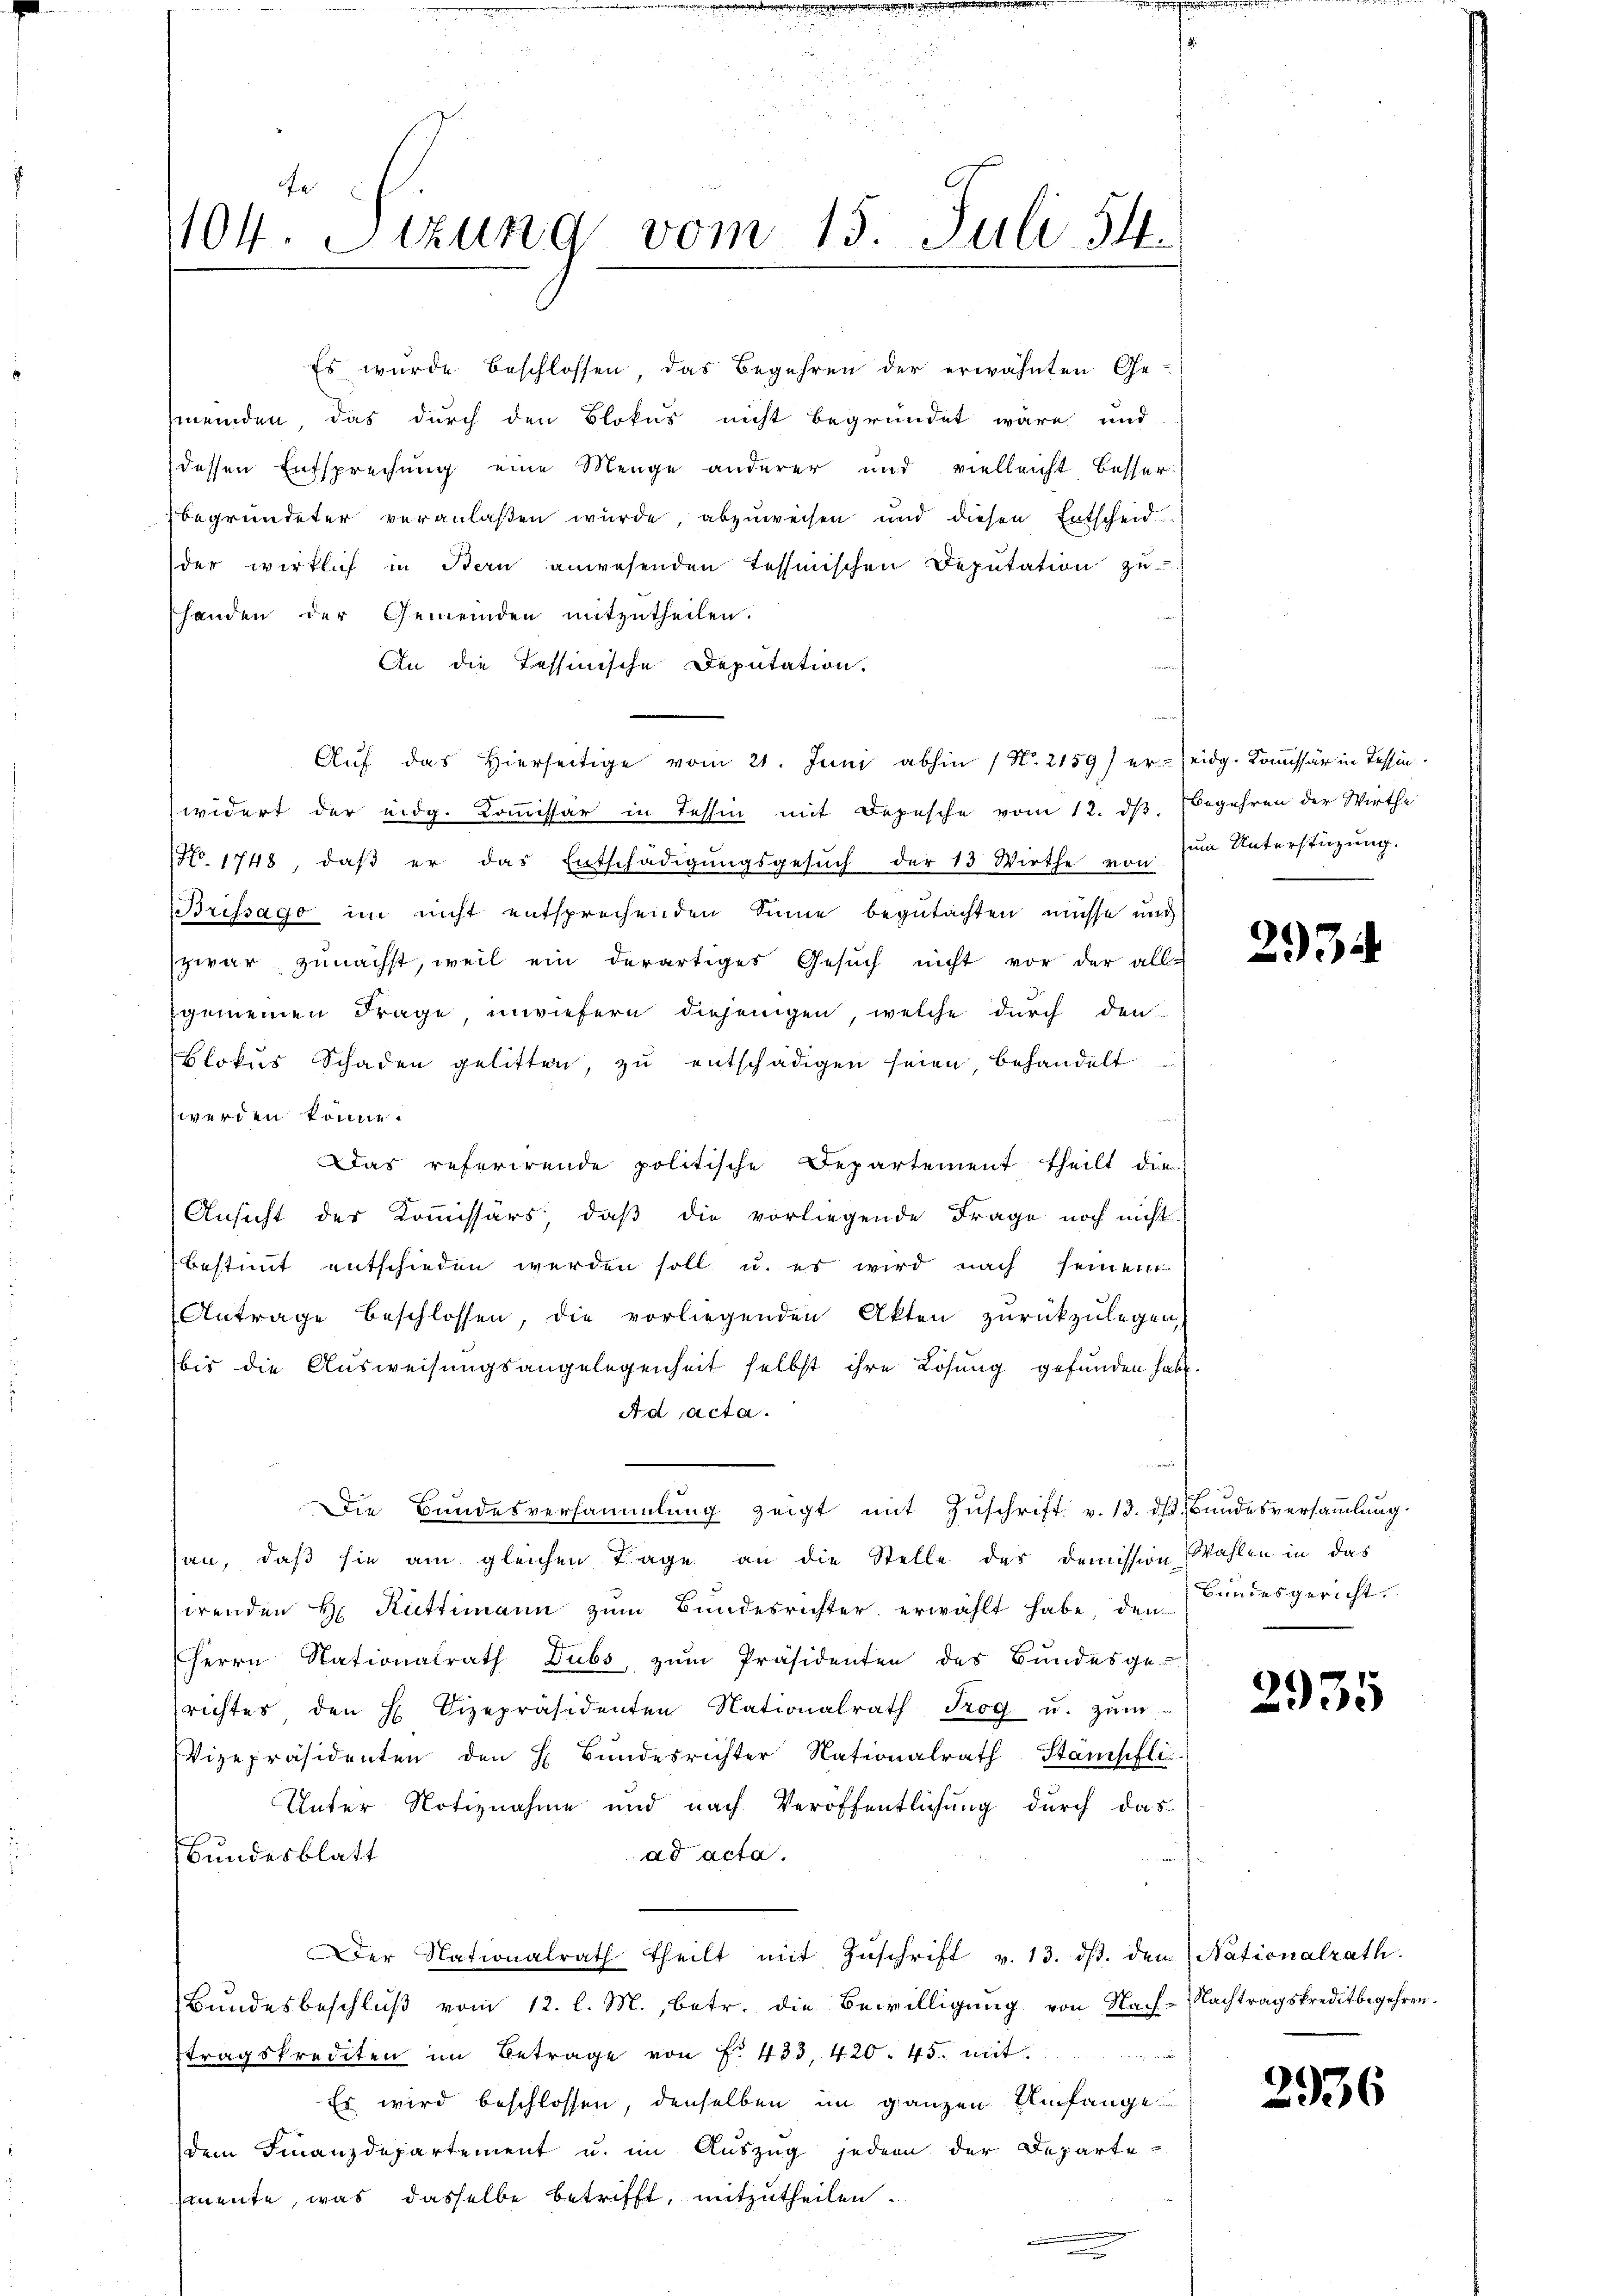
104. Sitzung vom 15. Juli 54.

Es wurde beschlossen, das Begehren der erwähnten Ge-
meinden, das durch den Blokus nicht begründet wäre und
dessen Entsprechung eine Menge anderer und vielleicht besser
begründeter veranlaßen wurde, abzuweisen und diesen Entscheid
der wirklich in Bern anwesenden Tessinischen Deputation zu
handen der Gemeinden mitzutheilen.
An die Tessinische Deputation.
Aŭf das hierseitige vom 21. Juni abhin 1 No. 2159) er eidg. Kommissär in Tessin
widert der eidg. Kommissär in Tessin mit Depesche vom 12. dß. Begehren der Wirthe
NNo. 1748, daβ er das Entschädigŭngsgesŭch der 13 Wirthe von zŭm Unterstützung.
Brifsago im nicht entsprechenden Sinne begutachten müsse und
zwar zunächst, weil ein derartiges Gesuch nicht vor der all-
gemeinen Frage, inwiefern diejenigen, welche durch den
Blokus Schaden gelitten, zu entschädigen seien, behandelt
werden könne.
Das referirende politische Departement theilt die
Ansicht der Kommissärs, daß die vorliegende Frage noch nicht
bestimmt entschieden werden soll u. es wird nach seiner
Antrage beschlossen, die vorliegenden Akten zurückzulegen,
bis die Ausweisungsangelegenheit selbst ihre Lösung gefunden habe.
Ad acta.
n
Die Bundesversammlung zeigt mit Zuschrift v. 13. ds Bundesversammlung
san, daß sie am gleichen Tage an die Stelle des Demission Wahlen in das
sirenden H. Rüttimann zŭm Bŭndesrichter erwählt habe, den Bundesgericht.
Herrn Nationalrath Dubs, zum Präsidenten des Bundesge-
richtes, den H. Vizepräsidenten Nationalrath Trog u. zŭm
Vizepräsidenten den H. Bŭndesrichter Nationalrath Stampfli
Unter Notiznahme und nach Veröffentlichung durch das
Bundesblatt
ad acta.
Der Nationalrath theilt mit Zŭschrift v. 13. dβ. den Nationalrath.
Bundesbeschlŭβ vom 12. l. M., betr. die Bewilligung von Nach-Nachtragskreditbegehren.
stragskrediten im Betrage von f. 433, 420. 45. mit
Es wird beschlossen, denselben im ganzen Umfange
dem Finanzdepartement u. im Auszug jedem der Departe
emente, was dasselbe betrifft, mitzutheilen.

2934

2935

2936